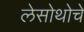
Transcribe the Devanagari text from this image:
लेसोथोचे